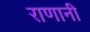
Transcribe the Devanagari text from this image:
राणानी